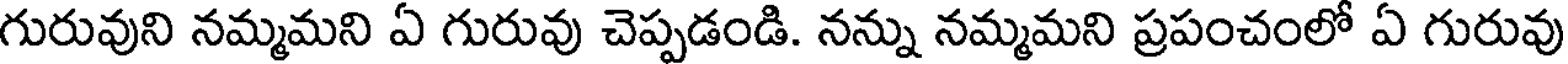
గురువుని నమ్మమని ఏ గురువు చెప్పడండి. నన్ను నమ్మమని ప్రపంచంలో ఏ గురువు